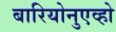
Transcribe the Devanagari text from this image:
बारियोनुएव्हो